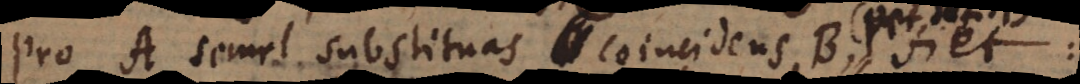
pro A semel substituas coincidens B, fiet: